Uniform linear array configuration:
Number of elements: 24
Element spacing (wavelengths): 0.75
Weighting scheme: cosine
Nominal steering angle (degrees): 30
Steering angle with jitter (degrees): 29.378
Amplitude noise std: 0.05
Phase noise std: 0.05

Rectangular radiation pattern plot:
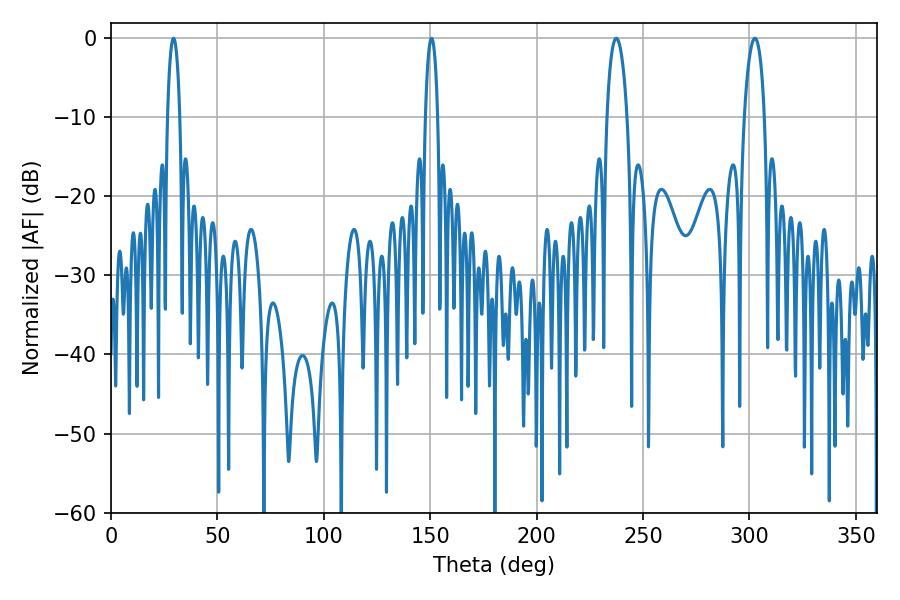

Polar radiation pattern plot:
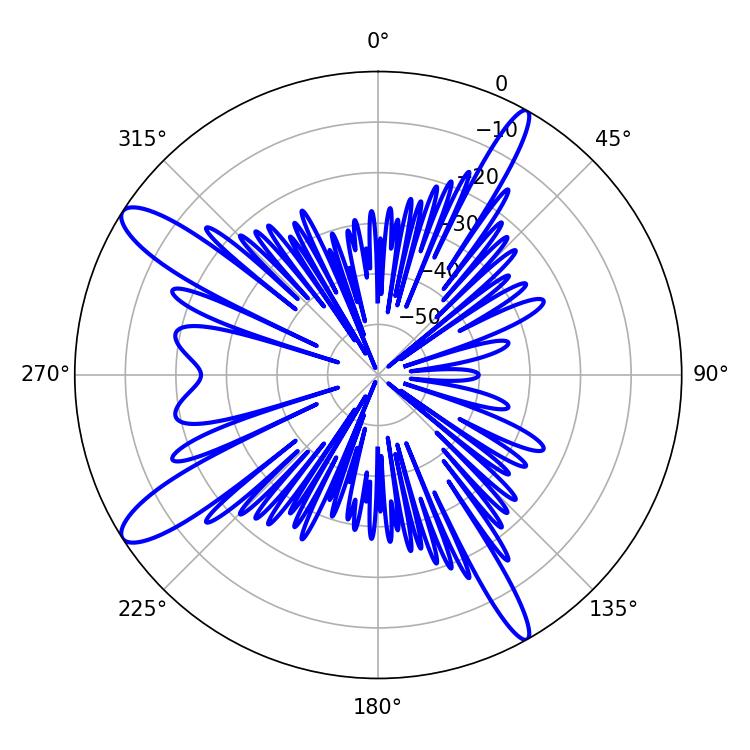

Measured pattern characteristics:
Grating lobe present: TRUE
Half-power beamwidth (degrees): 5.4
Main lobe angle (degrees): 237.42